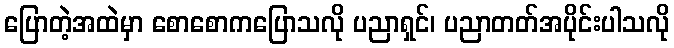
ပြောတဲ့အထဲမှာ စောစောကပြောသလို ပညာရှင်၊ ပညာတတ်အပိုင်းပါသလို